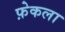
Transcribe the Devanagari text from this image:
फ़ेकला